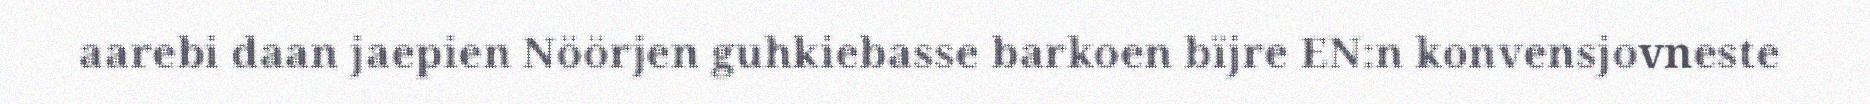
aarebi daan jaepien Nöörjen guhkiebasse barkoen bïjre EN:n konvensjovneste